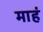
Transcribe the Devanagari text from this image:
माहं